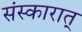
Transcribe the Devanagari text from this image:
संस्कारात्‌